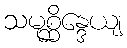
သမုစ္ဆိန္ဒေယျ